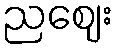
ညဈေး